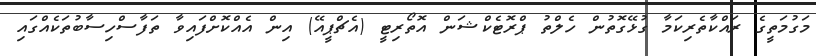
މަގުމަތީގެ ރައްކާތެރިކަމާ ގުޅޭގޮތުން ހެލްތު ޕްރޮޓެކްޝަން އޮތޯރިޓީ (އެޗްޕީއޭ) އިން އެއްކޮށްފައިވާ ތަފާސްހިސާބުތަކެއްގައި